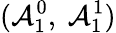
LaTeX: (\mathcal{A}_{1}^{0},~\mathcal{A}_{1}^{1})